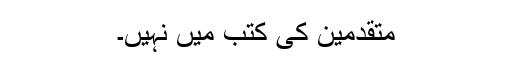
متقدمین کی کتب میں نہیں۔